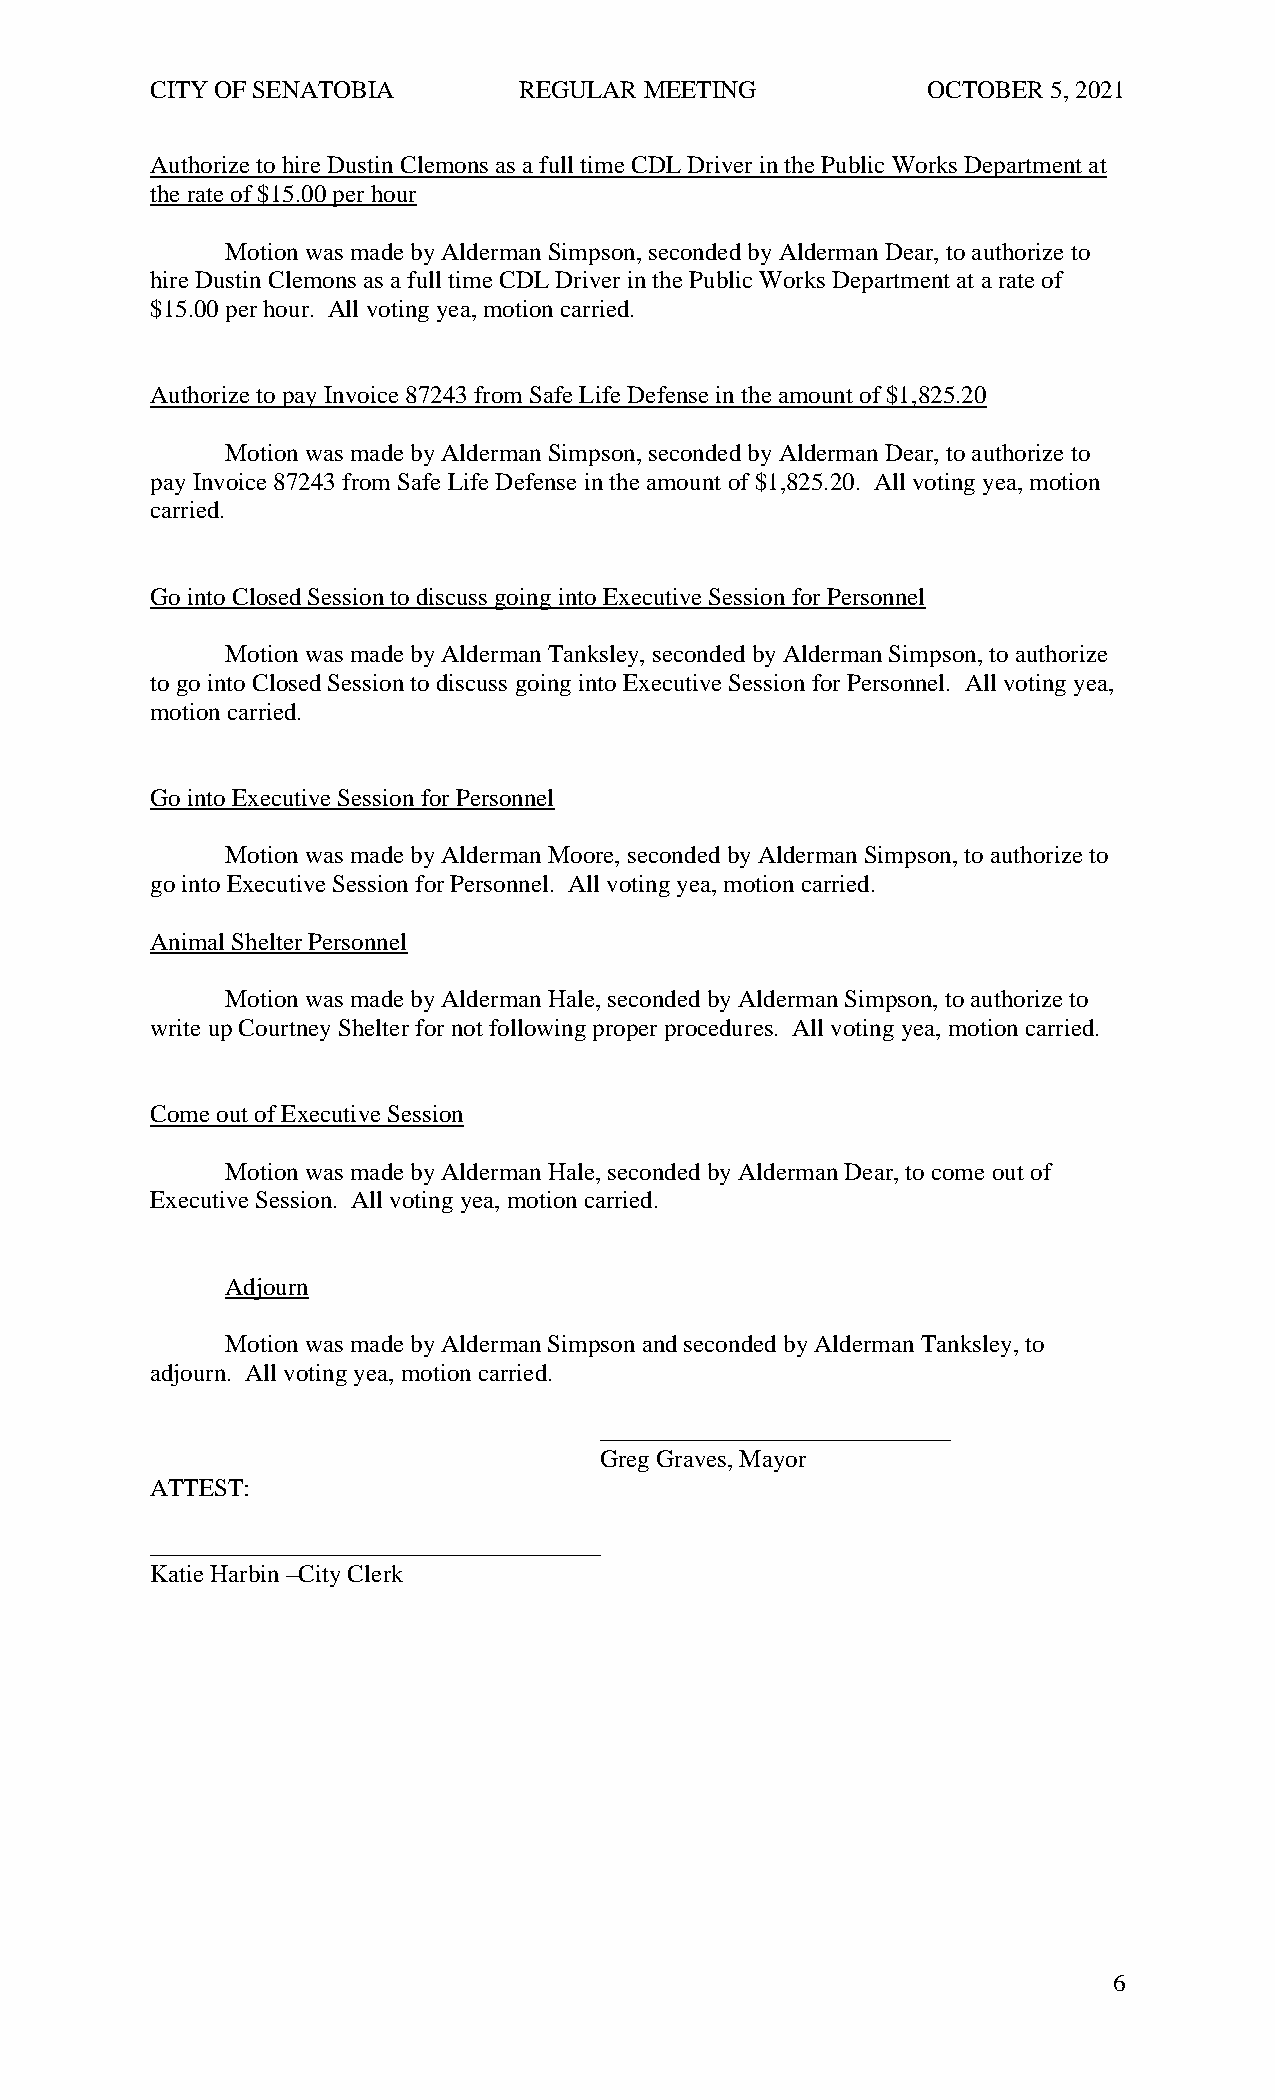
CITY OF SENATOBIA       REGULAR  MEETING           OCTOBER  5, 2021
 Authorize to hire Dustin Clemons as a full time CDL Driver in the Public Works Department at
 the rate of $15.00 per hour
 Motion was made by Alderman Simpson, seconded by Alderman Dear, to authorize to
 hire Dustin Clemons as a full time CDL Driver in the Public Works Department at a rate of
 $15.00 per hour. All voting yea, motion carried.
 Authorize to pay Invoice 87243 from Safe Life Defense in the amount of $1,825.20
 Motion was made by Alderman Simpson, seconded by Alderman Dear, to authorize to
 pay Invoice 87243 from Safe Life Defense in the amount of $1,825.20. All voting yea, motion
 carried.
 Go into Closed Session to discuss going into Executive Session for Personnel
 Motion was made by Alderman Tanksley, seconded by Alderman Simpson, to authorize
 to go into Closed Session to discuss going into Executive Session for Personnel. All voting yea,
 motion carried.
 Go into Executive Session for Personnel
 Motion was made by Alderman Moore, seconded by Alderman Simpson, to authorize to
 go into Executive Session for Personnel. All voting yea, motion carried.
 Animal Shelter Personnel
 Motion was made by Alderman Hale, seconded by Alderman Simpson, to authorize to
 write up Courtney Shelter for not following proper procedures. All voting yea, motion carried.
 Come out of Executive Session
 Motion was made by Alderman Hale, seconded by Alderman Dear, to come out of
 Executive Session. All voting yea, motion carried.
 Adjourn
 Motion was made by Alderman Simpson and seconded by Alderman Tanksley, to
 adjourn. All voting yea, motion carried.
 ____________________________
 Greg Graves, Mayor
 ATTEST:
 ____________________________________
 Katie Harbin –City Clerk
 6